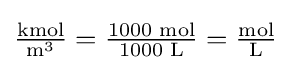
{\textstyle {\frac {\text{kmol}}{{\text{m}}^{3}}}={\frac {1000{\text{ mol}}}{1000{\text{ L}}}}={\frac {\text{mol}}{\text{L}}}}